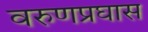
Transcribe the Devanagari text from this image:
वरुणप्रघास